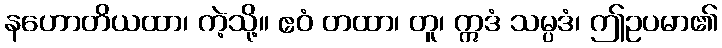
နဟောတိယထာ၊ ကဲ့သို့။ ဧဝံ တထာ၊ တူ၊ ဣဒံ သမ္ပဒံ၊ ဤဥပမာ၏